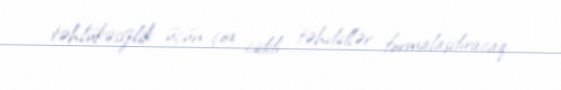
təhlükəsizlik üçün çox ciddi təhdidlər formalaşdıracaq.